Annual report on the mental hospital in the Central Provinces and Berar (Nagpur) - 1927-1951
Year: 1927
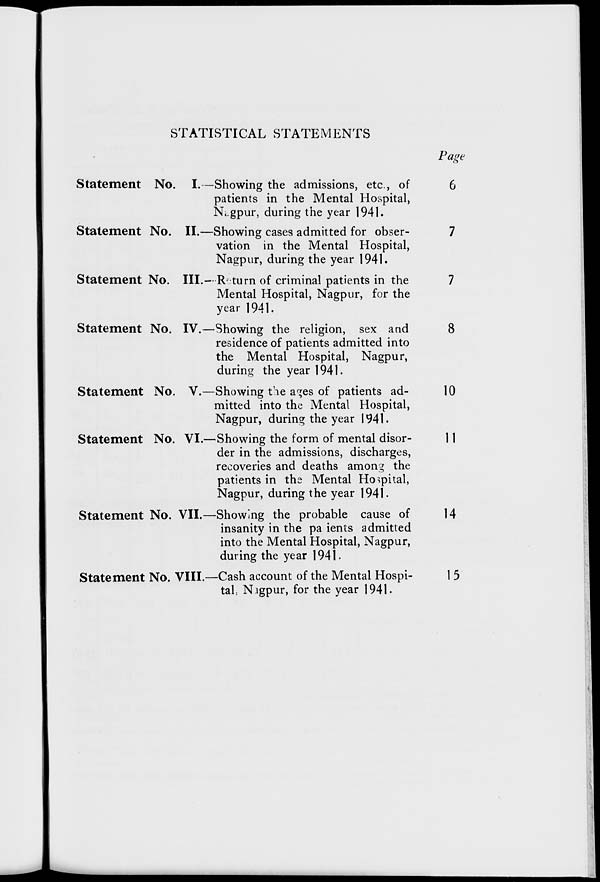
STATISTICAL STATEMENTS
Page
Statement No. I.
Statement No. II.
Statement No. III.-
-Showing the admissions, etc., of
patients in the Mental Hospital,
Ni.gpur, during the year 1941.
-Showing cases admitted for obser-
vation in the Mental Hospital,
Nagpur, during the year 1941.
R/ turn of criminal patients in the
Mental Hospital, Nagpur, for the
year 1941.
Statement No. IV.—Showing the religion, sex and
residence of patients admitted into
the Mental Hospital, Nagpur,
during the year 1941.
Statement No. V.—Showing the a<*es of patients ad-
mitted into the Mental Hospital,
Nagpur, during the year 1941.
Statement No. VI.—Showing the form of mental disor-
der in the admissions, discharges,
recoveries and deaths among the
patients in the Mental Hospital,
Nagpur, during the year 1941.
Statement No. VII.—Showing the probable cause of
insanity in the pa ients admitted
into the Mental Hospital, Nagpur,
during the year 1941.
Statement No. VIII.—Cash account of the Mental Hospi-
tal Nigpur, for the year 1941.
8
10
11
14
15